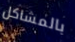
بالمشاكل